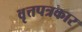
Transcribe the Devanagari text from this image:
वृत्तपत्रकार